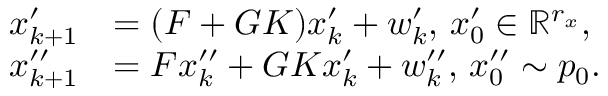
\begin{array} { r l } { x _ { k + 1 } ^ { \prime } } & { = ( F + G K ) x _ { k } ^ { \prime } + w _ { k } ^ { \prime } , \, x _ { 0 } ^ { \prime } \in \mathbb { R } ^ { r _ { x } } , } \\ { x _ { k + 1 } ^ { \prime \prime } } & { = F x _ { k } ^ { \prime \prime } + G K x _ { k } ^ { \prime } + w _ { k } ^ { \prime \prime } , \, x _ { 0 } ^ { \prime \prime } \sim p _ { 0 } . } \end{array}